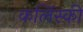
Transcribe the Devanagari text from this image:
कलिंस्की